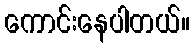
ကောင်းနေပါတယ်။